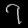
Digit: ၇